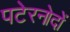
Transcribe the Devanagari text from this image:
पटेरनोदों